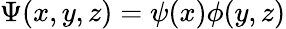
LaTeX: \Psi(x,y,z)=\psi(x)\phi(y,z)